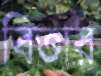
বিতার